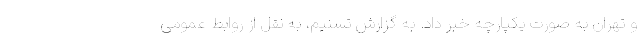
و تهران به صورت یکپارچه خبر داد. به گزارش تسنیم، به نقل از روابط عمومی